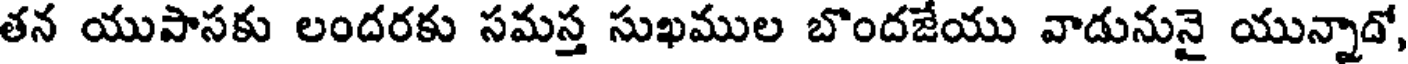
తన యుపాసకు లందరకు సమస్త సుఖముల బొందజేయు వాడునునై యున్నాడో,